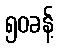
၅၀ခန့်